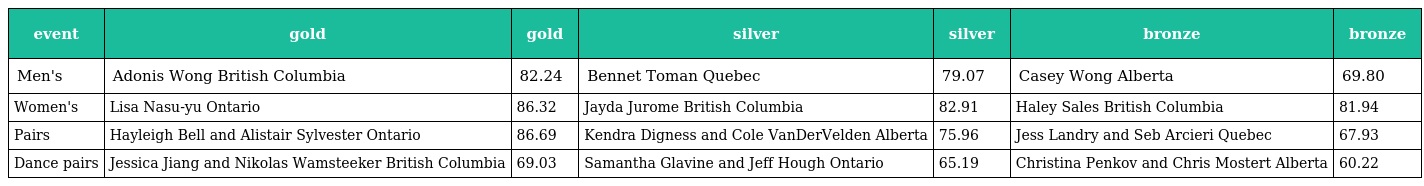
| event | gold | gold | silver | silver | bronze | bronze |
 | --- | --- | --- | --- | --- | --- | --- |
 | Men's | Adonis Wong British Columbia | 82.24 | Bennet Toman Quebec | 79.07 | Casey Wong Alberta | 69.80 |
 | Women's | Lisa Nasu-yu Ontario | 86.32 | Jayda Jurome British Columbia | 82.91 | Haley Sales British Columbia | 81.94 |
 | Pairs | Hayleigh Bell and Alistair Sylvester Ontario | 86.69 | Kendra Digness and Cole VanDerVelden Alberta | 75.96 | Jess Landry and Seb Arcieri Quebec | 67.93 |
 | Dance pairs | Jessica Jiang and Nikolas Wamsteeker British Columbia | 69.03 | Samantha Glavine and Jeff Hough Ontario | 65.19 | Christina Penkov and Chris Mostert Alberta | 60.22 |